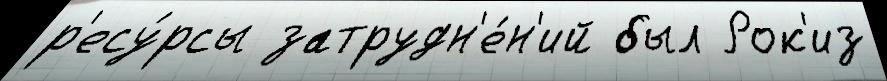
р'есу́рсы затрудн'е́н'ий был Рок'из